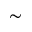
\sim